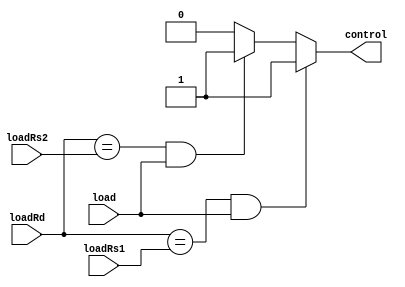
module Hazard(
    input wire [4:0] loadRd,
    input wire [4:0] loadRs1,
    input wire [4:0] loadRs2,
    input wire load,
    output reg control
);

    always @ (*) begin
        if (loadRd == loadRs1 & load == 1'b1) begin
            control = 1'b1;
        end else if (loadRd == loadRs2 & load == 1'b1) begin
            control = 1'b1;
        end else begin
            control = 1'b0;
        end
    end

endmodule